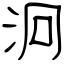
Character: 泂